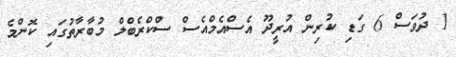
1 ދުވަސް 6 ގަޑި ކުރިން އުރީދޫ އެސްއެމްއެސް ސްކްރެބްލް މުބާރާތުގައި ކޮންމެ